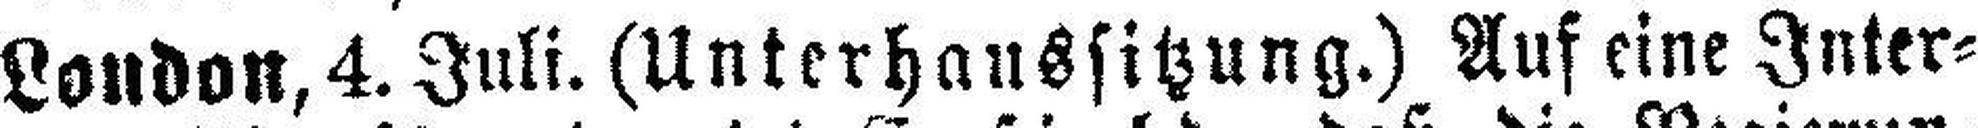
London,4. Juli. (Unterhaussitzung.) Auf eine Inter¬